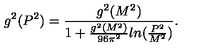
g ^ { 2 } ( P ^ { 2 } ) = \frac { g ^ { 2 } ( M ^ { 2 } ) } { 1 + \frac { g ^ { 2 } ( M ^ { 2 } ) } { 9 6 \pi ^ { 2 } } l n ( \frac { P ^ { 2 } } { M ^ { 2 } } ) } .